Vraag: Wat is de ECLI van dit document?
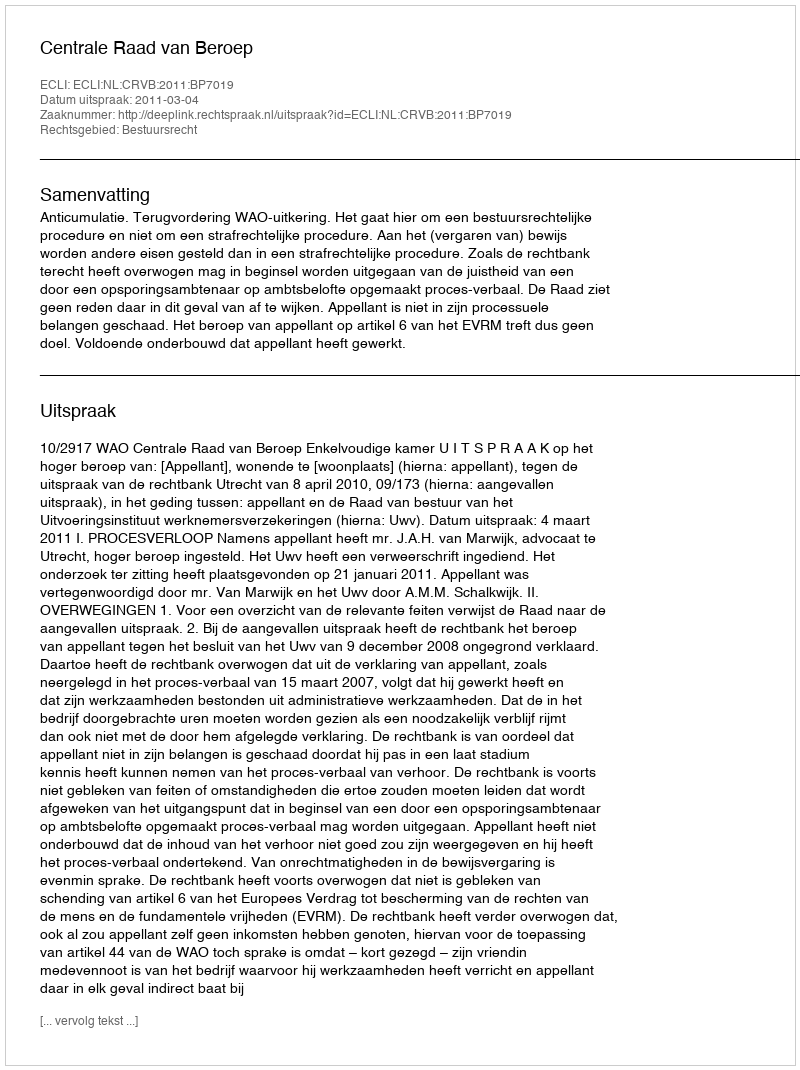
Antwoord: ECLI:NL:CRVB:2011:BP7019